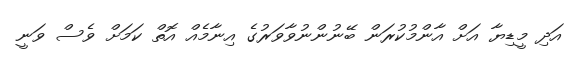
އަދި މީޑިޔާ އަށް އާންމުކުރަން ބޭނުންނުވާވަރުގެ އިނާމެއް އޮތް ކަމަށް ވެސް ވަނީ